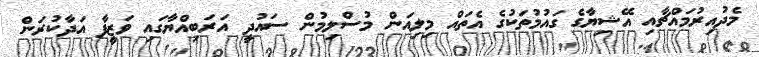
މެދުއިރުމައްޗާއި އޭޝިޔާގެ ގައުމުތަކުގެ އެތައް މިލިއަން މުސްލިމުން ސައުދީ އަރަބިއްޔާގައި ވަޒީފާ އަދާކުރަން